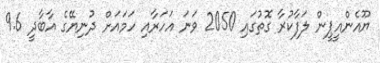
ޔޫއެންއީޕީން ލަފާކުރާ ގޮތުގައި 2050 ވަނަ އަހަރާއި ހަަމައަށް ދުނިޔޭގެ އާބާދީ 9.6